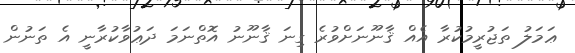
ޢަމަލު ތަޖުރީމުކުރާ އެއް ޤާނޫނަށްވުރެ ގިނަ ޤާނޫނު އޮތްނަމަ ދަޢުވާކުރާނީ އެ ތަނުން